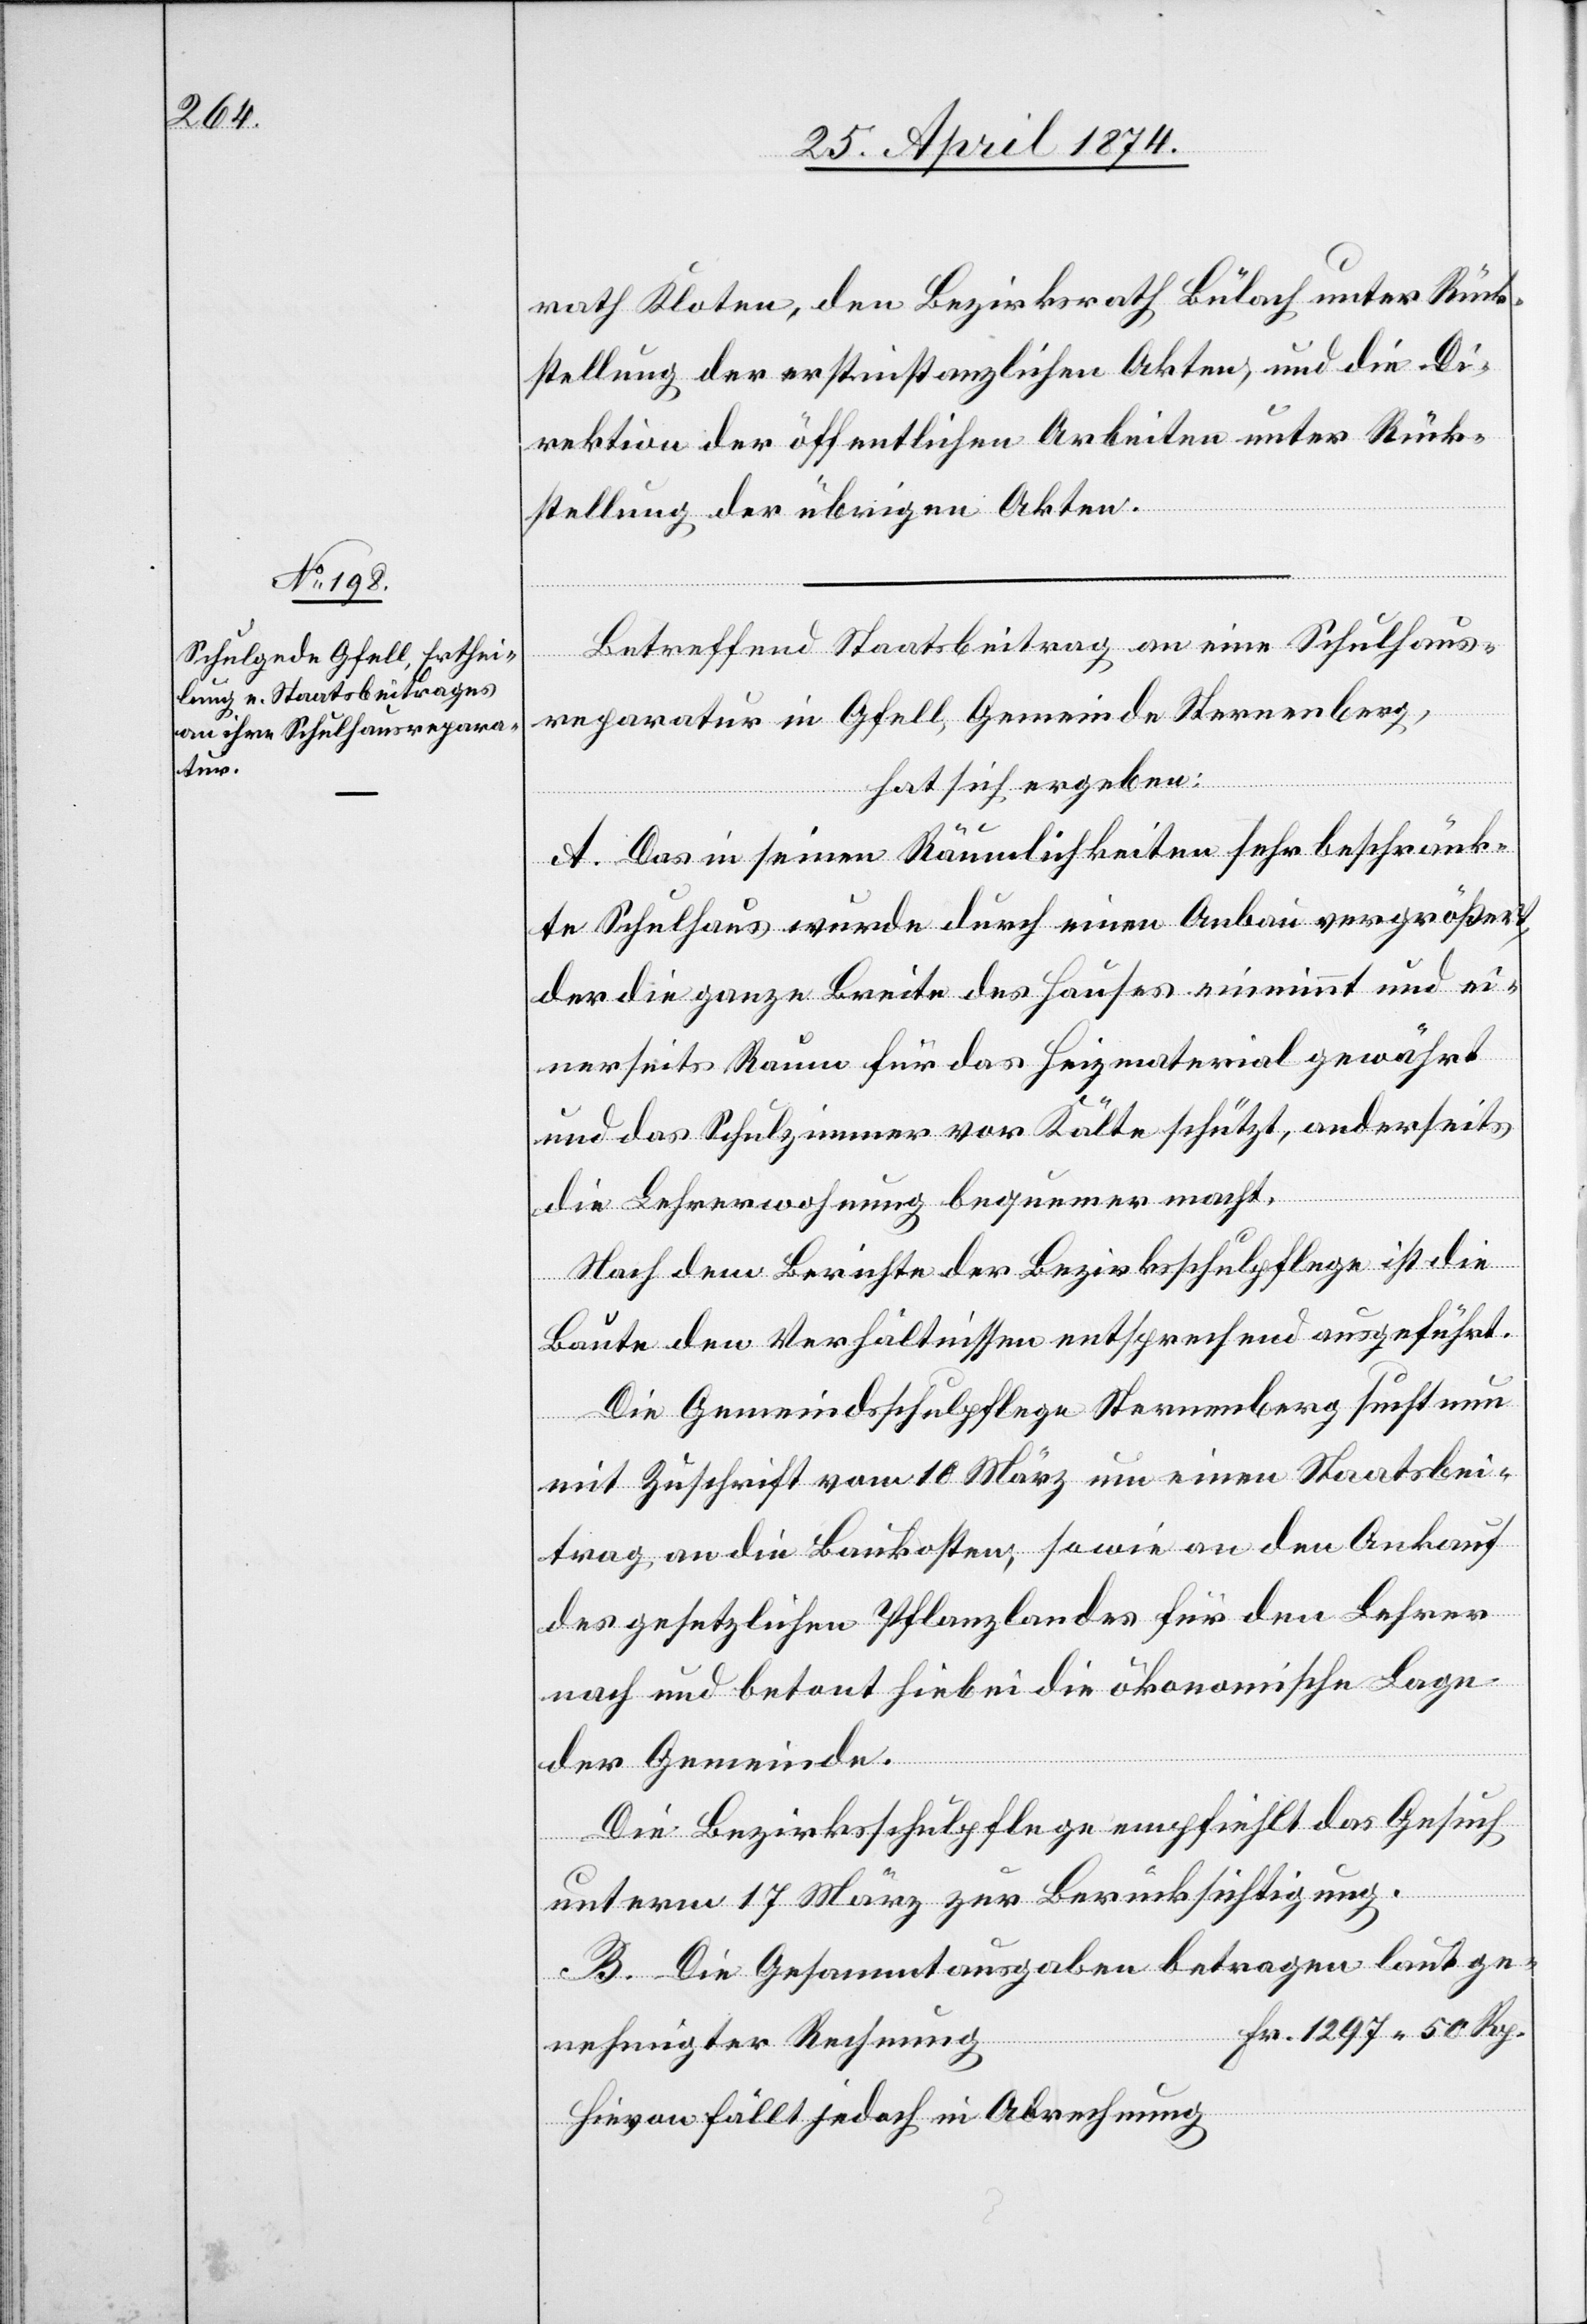
rath Kloten, den Bezirksrath Bülach unter Rück¬
stellung der erstinstanzlichen Akten, und die Di¬
rektion der öffentlichen Arbeiten unter Rück¬
stellung der übrigen Akten.
Betreffend Staatsbeitrag an eine Schulhaus¬
reparatur in Gfell, Gemeinde Sternenberg,
hat sich ergeben:
A. Das in seinen Räumlichkeiten sehr beschränk¬
te Schulhaus wurde durch einen Anbau vergrößert,
der die ganze Breite des Hauses einnimmt und ei¬
nerseits Raum für das Heizmaterial gewährt
und das Schulzimmer vor Kälte schützt, anderseits
die Lehrerwohnung bequemer macht.
Nach dem Berichte der Bezirksschulpflege ist die
Baute den Verhältnissen entsprechend ausgeführt.
Die Gemeindschulpflege Sternenberg sucht nun
mit Zuschrift vom 10. März um einen Staatsbei¬
trag an die Baukosten, sowie an den Ankauf
des gesetzlichen Pflanzlandes für den Lehrer
nach und betont hiebei die ökonomische Lage
der Gemeinde.
Die Bezirksschulpflege empfiehlt das Gesuch
unterm 17. März zur Berücksichtigung.
B. Die Gesammtausgaben betragen laut ge¬
Fr. 1297.50 Rp.
nehmigter Rechnung
Hievon fällt jedoch in Abrechnung